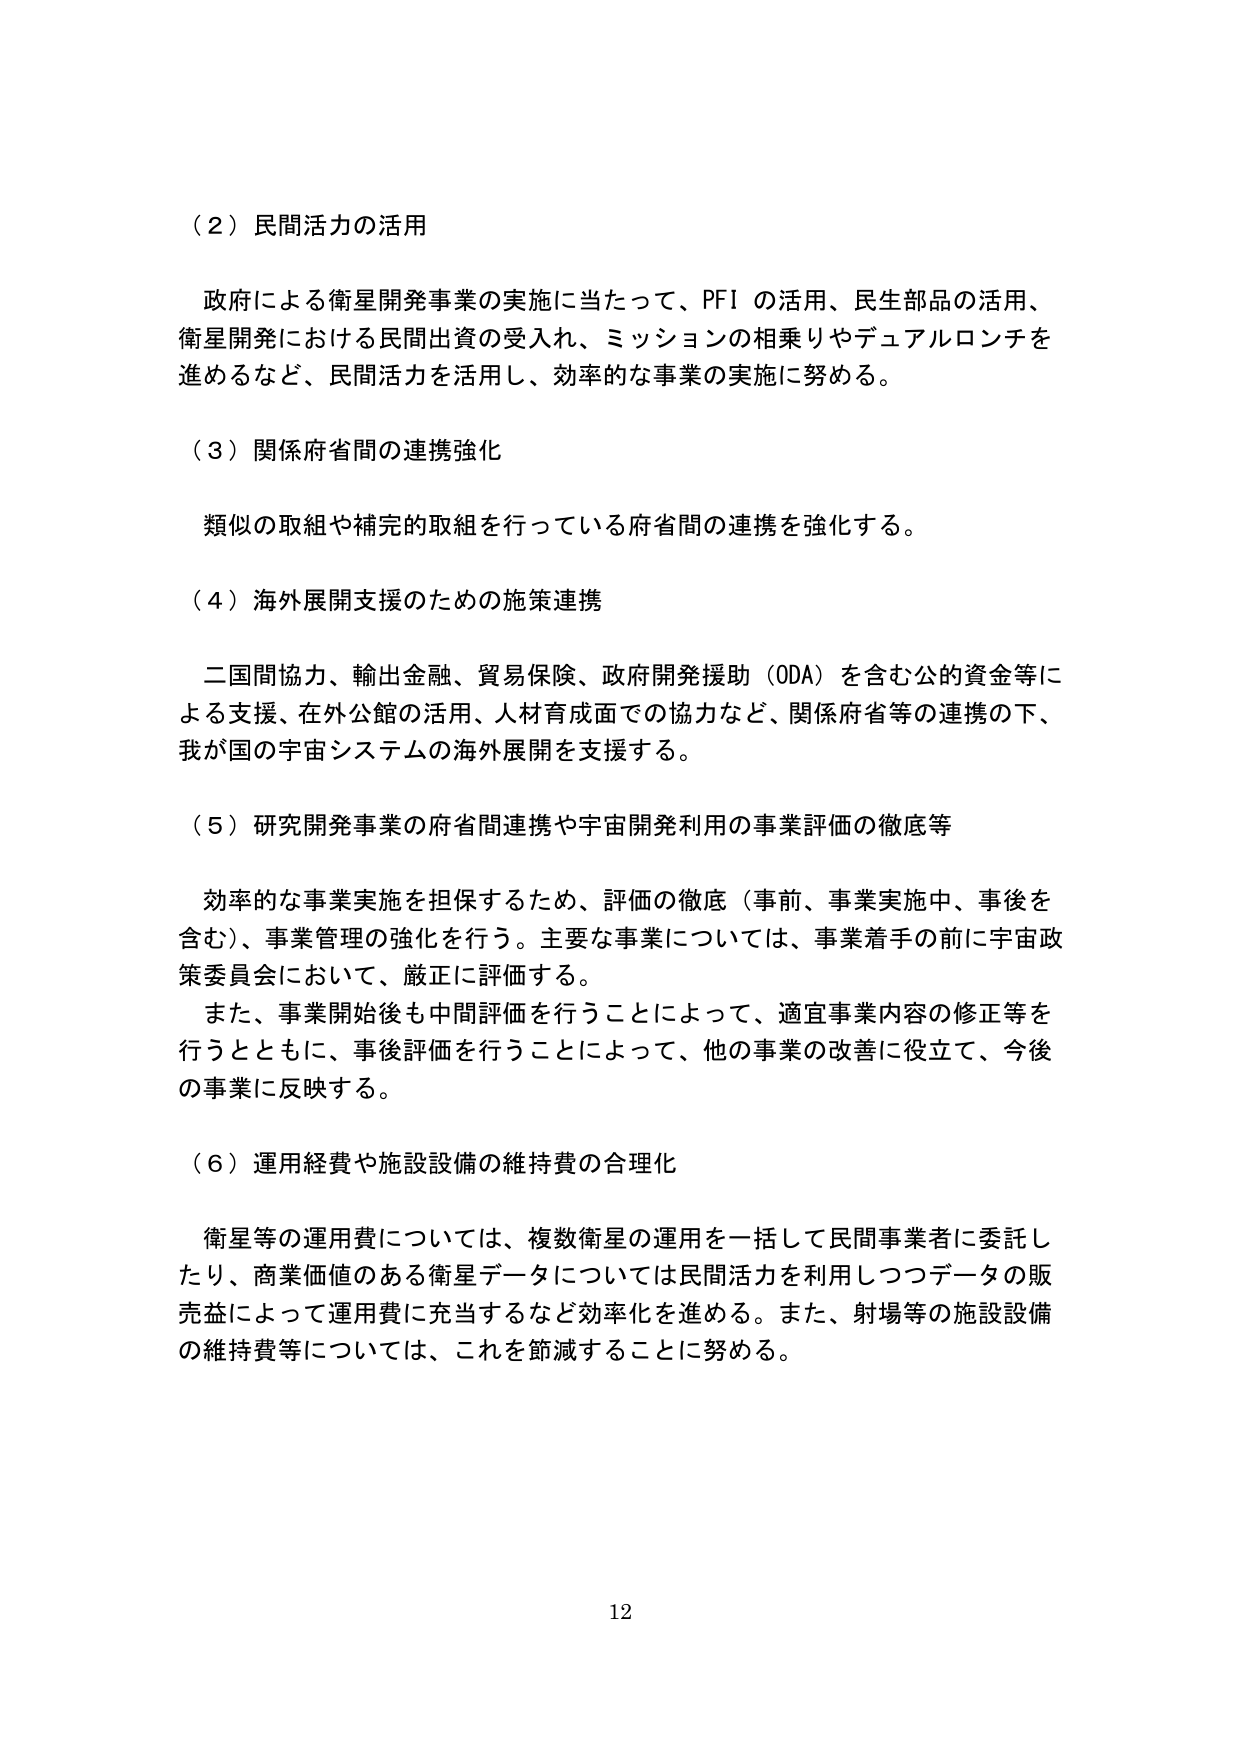
（２）民間活力の活用

政府による衛星開発事業の実施に当たって、PFI の活用、民生部品の活用、
衛星開発における民間出資の受入れ、ミッションの相乗りやデュアルロンチを
進めるなど、民間活力を活用し、効率的な事業の実施に努める。

（３）関係府省間の連携強化

類似の取組や補完的取組を行っている府省間の連携を強化する。

（４）海外展開支援のための施策連携

二国間協力、輸出金融、貿易保険、政府開発援助（ODA）を含む公的資金等に
よる支援、在外公館の活用、人材育成面での協力など、関係府省等の連携の下、
我が国の宇宙システムの海外展開を支援する。

（５）研究開発事業の府省間連携や宇宙開発利用の事業評価の徹底等

効率的な事業実施を担保するため、評価の徹底（事前、事業実施中、事後を
含む）、事業管理の強化を行う。主要な事業については、事業着手の前に宇宙政
策委員会において、厳正に評価する。
また、事業開始後も中間評価を行うことによって、適宜事業内容の修正等を
行うとともに、事後評価を行うことによって、他の事業の改善に役立て、今後
の事業に反映する。

（６）運用経費や施設設備の維持費の合理化

衛星等の運用費については、複数衛星の運用を一括して民間事業者に委託し
たり、商業価値のある衛星データについては民間活力を利用しつつデータの販
売益によって運用費に充当するなど効率化を進める。また、射場等の施設設備
の維持費等については、これを節減することに努める。

12